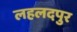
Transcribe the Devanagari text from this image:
लहलदपुर